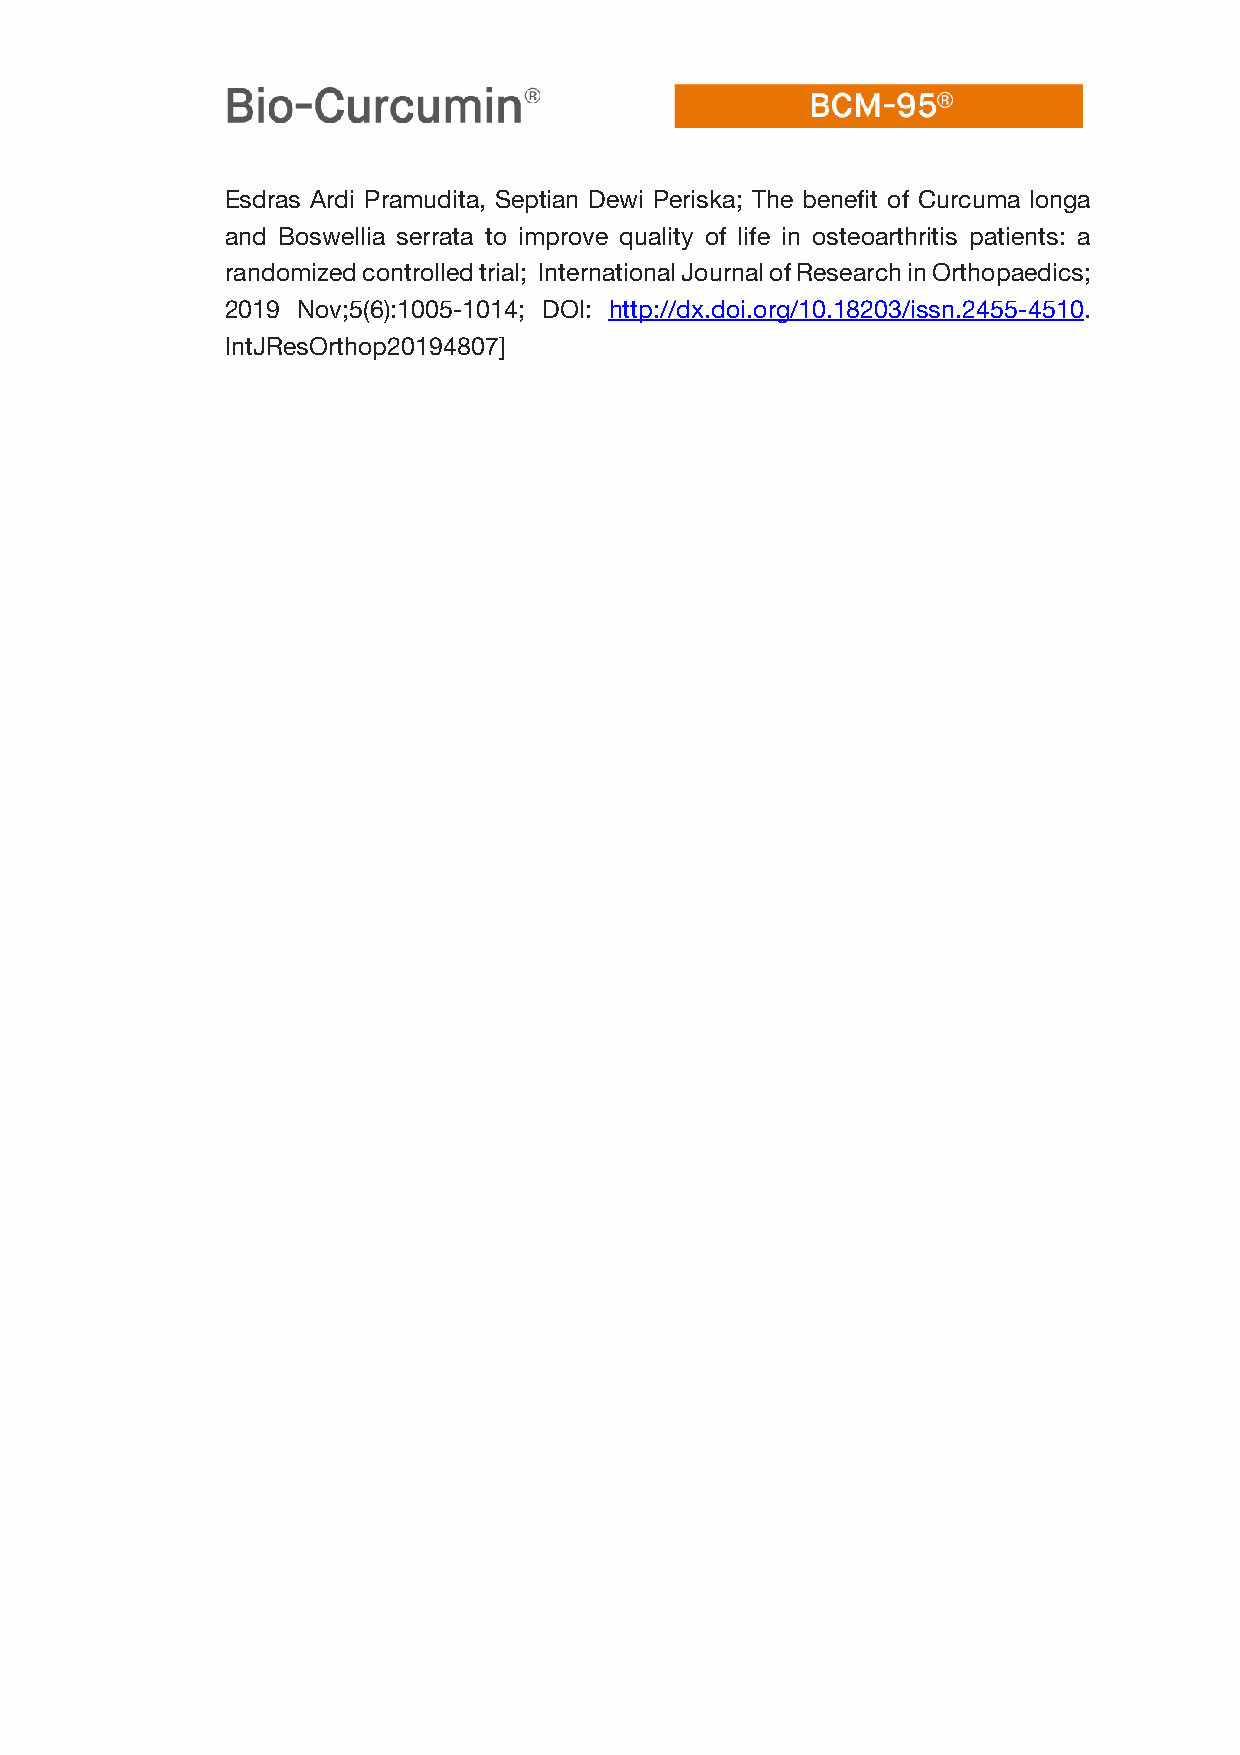
Esdras Ardi Pramudita, Septian Dewi Periska; The benefit of Curcuma longa
 and Boswellia serrata to improve quality of life in osteoarthritis patients: a
 randomized controlled trial; International Journal of Research in Orthopaedics;
 2019 Nov;5(6):1005-1014; DOI: http://dx.doi.org/10.18203/issn.2455-4510.
 IntJResOrthop20194807]